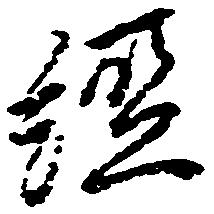
経